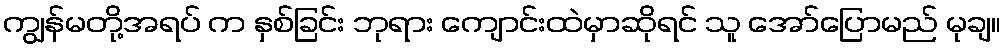
ကျွန်မတို့အရပ် က နှစ်ခြင်း ဘုရား ကျောင်းထဲမှာဆိုရင် သူ အော်ပြောမည် မုချ။